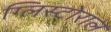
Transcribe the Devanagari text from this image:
ग्लिस्टोराल